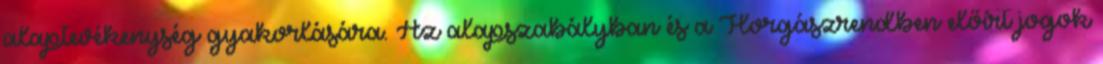
alaptevékenység gyakorlására. Az alapszabályban és a Horgászrendben előírt jogok